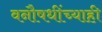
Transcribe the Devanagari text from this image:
वनौषधींच्याही